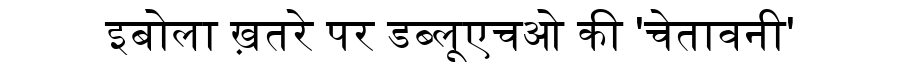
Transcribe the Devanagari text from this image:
इबोला ख़तरे पर डब्लूएचओ की 'चेतावनी'